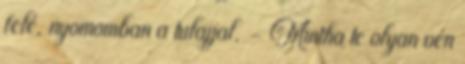
felé, nyomomban a tulajjal. - Mintha te olyan vén